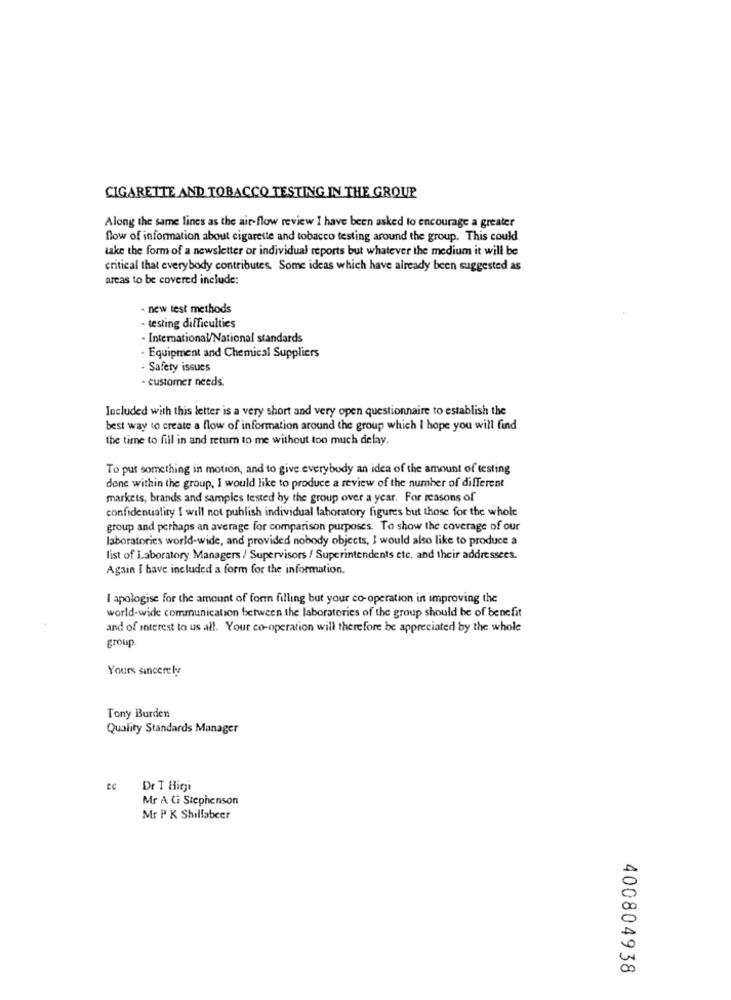
CIGARETTE AND TOBACCO TESTING IN THE GROUP
Along the same lines as the air-flow review I have been asked to encourage a greater
flow of information about cigarette and tobacco testing around the group. This could
take the form of a newsletter or individual reports but whatever the medium it will be
critical that everybody contributes. Some ideas which have already been suggested as
areas to be covered include:
- new test methods
- testing difficulties
- International/National standards
- Equipment and Chemical Suppliers
- Safety issues
- customer needs.
Included with this letter is a very short and very open questionnaire to establish the
best way to create a flow of information around the group which I hope you will find
the time to fill in and return to me without too much delay.
To put something in motion, and to give everybody an idea of the amount of testing
donc within the group, I would like to produce a review of the number of different
markets, brands and samples tested by the group over a year. For reasons of
confidentiality I will not publish individual laboratory figures but those for the whole
group and perhaps an average for comparison purposes. To show the coverage of our
laboratories world-wide, and provided nobody objects, I would also like to produce a
list of Laboratory Managers / Supervisors / Superintendents etc. and their addressees.
Again I have included a form for the information.
I apologise for the amount of for filling but your co-operation in improving the
world-wide communication between the laboratories of the group should be of benefit
and of interest to us all. Your co-operation will therefore be appreciated by the whole
group.
Yours sincerely
Tony Burden
Quality Standards Manager
Dr T Bigi
Mr A Gi Stephenson
Mr P K Shillabeer
400804938